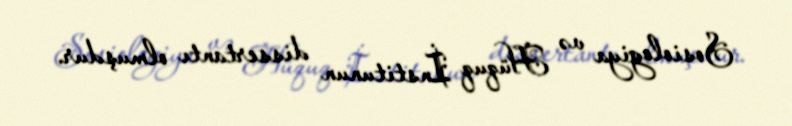
Sosiologiya və Hüquq İnstitunun dissertantı olmuşdur.